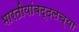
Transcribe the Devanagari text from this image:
भारतीयांबद्दलच्या